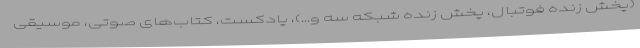
(پخش زنده فوتبال، پخش زنده شبکه سه و…)، پادکست، کتاب‌های صوتی، موسیقی